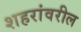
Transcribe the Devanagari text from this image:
शहरांवरील